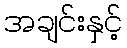
အချင်းနှင့်